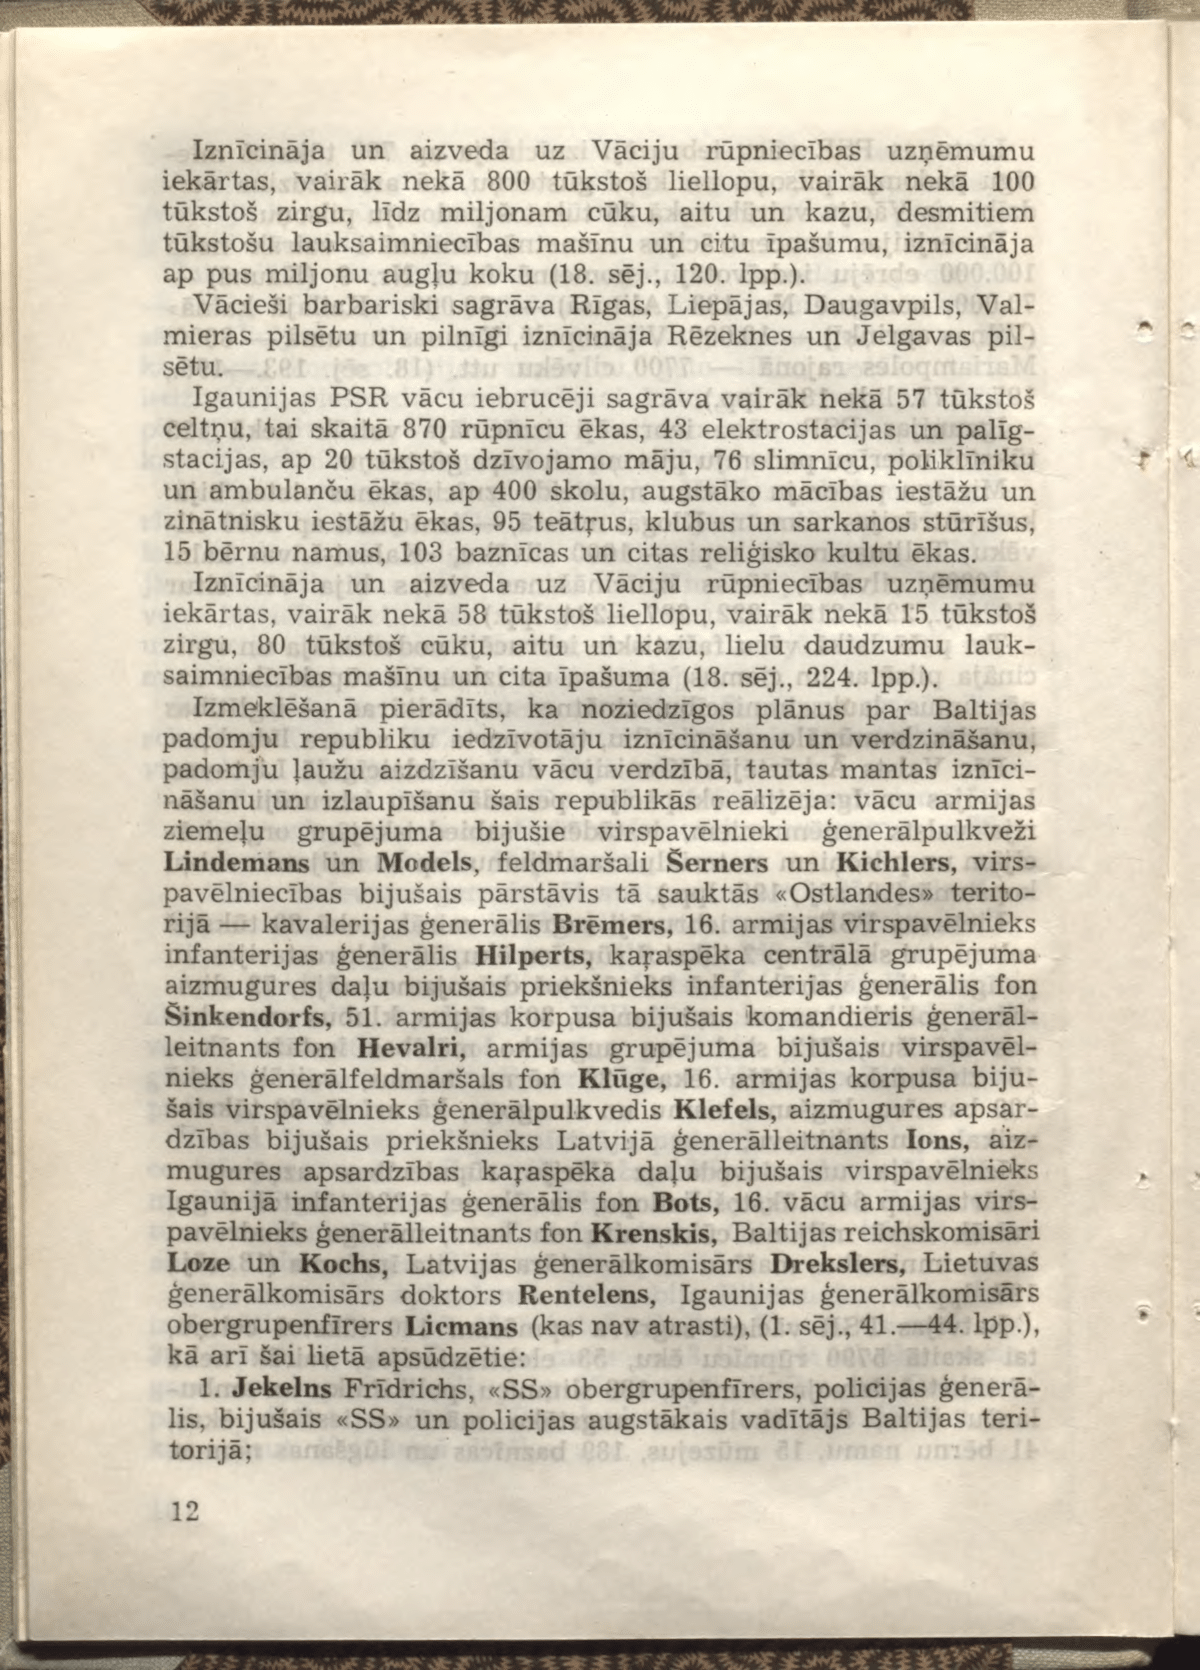
Language: lv